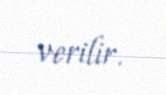
verilir.